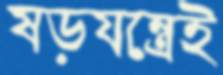
ষড়যন্ত্রেই